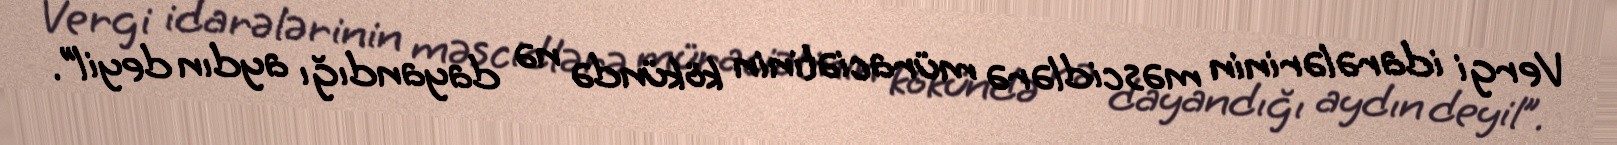
Vergi idarələrinin məscidlərə müraciətinin kökündə nə dayandığı aydın deyil”.